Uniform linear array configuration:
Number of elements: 4
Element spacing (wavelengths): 0.75
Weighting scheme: exponential
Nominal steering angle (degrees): -45
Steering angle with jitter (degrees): -43.991
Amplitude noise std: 0.05
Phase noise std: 0.05

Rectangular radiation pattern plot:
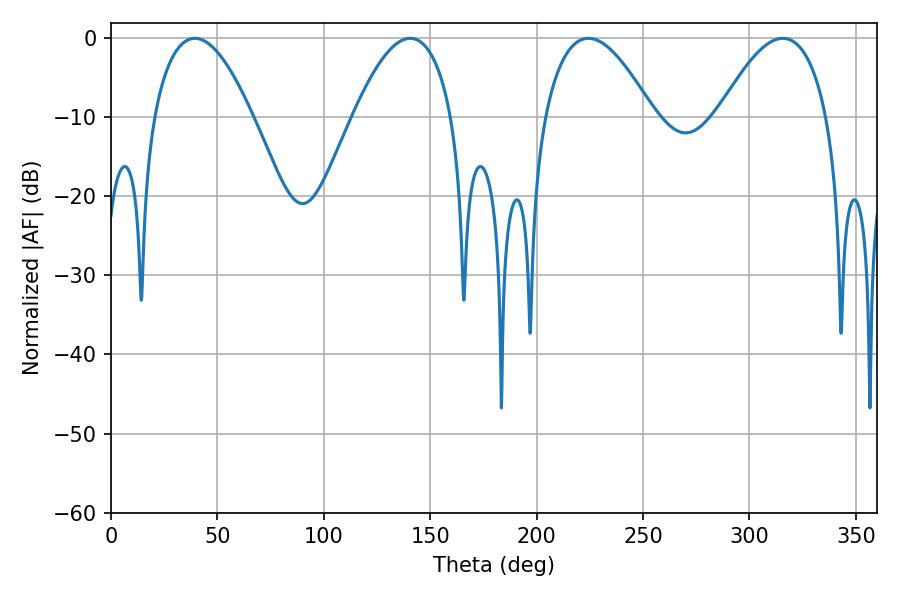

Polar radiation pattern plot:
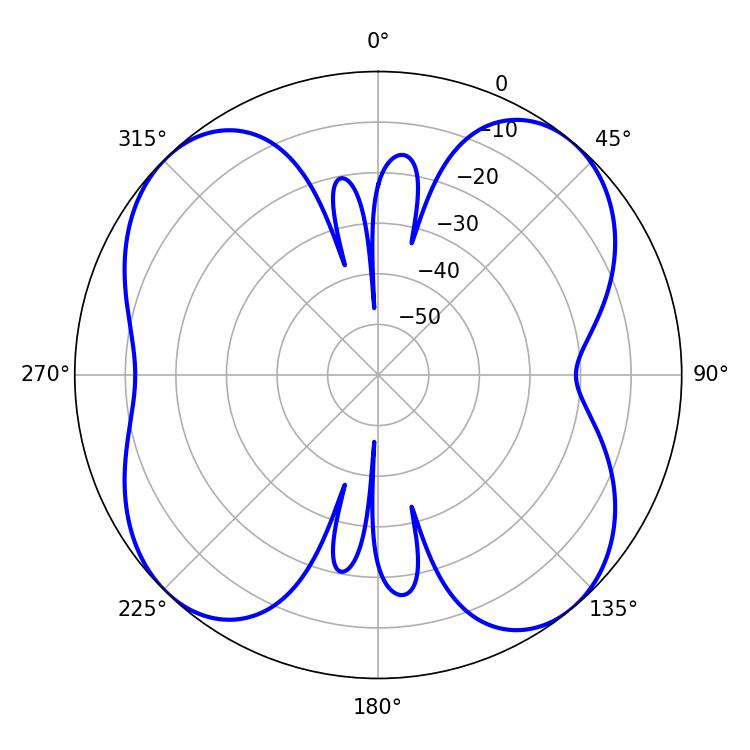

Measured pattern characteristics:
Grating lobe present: TRUE
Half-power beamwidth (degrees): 25.56
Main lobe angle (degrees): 39.42